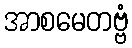
အာစမေတဗ္ဗံ